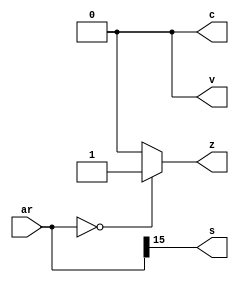
module ar_szcv(
    input [15:0] ar,
	output s,z,c,v );
assign z = (ar == 16'h0)? 1:0;

// overflow
assign v = 0;
assign c = 0;
						
assign s = ar[15];

endmodule